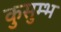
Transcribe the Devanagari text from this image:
कुसुम्भ